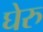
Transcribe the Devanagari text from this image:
घेरु